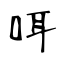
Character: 咡